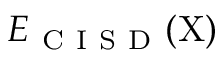
E _ { \mathrm { ~ C ~ I ~ S ~ D ~ } } ( \mathrm { X } )